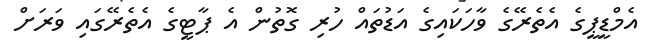
އެމްޑީޕީގެ އެތެރޭގެ ވާހަކައިގެ އަޑުތައް ހުރި ގޮތުން އެ ޕާޓީގެ އެތެރޭގައި ވަރަށް